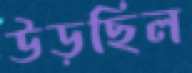
উড়ছিল